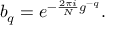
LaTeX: b _ { q } = e ^ { - { \frac { 2 \pi i } { N } } g ^ { - q } } .